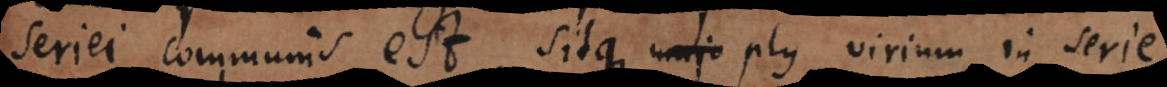
seriei communis est, sitque plus virium in serie